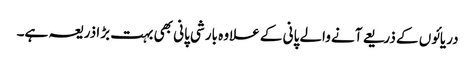
دریائوں کے ذریعے آنے والے پانی کے علاوہ بارشی پانی بھی بہت بڑا ذریعہ ہے۔